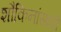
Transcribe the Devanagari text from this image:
शौकिनांसाठी